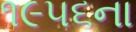
૧૯૫૬ના